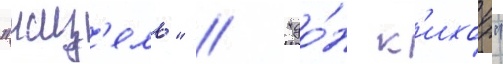
"жиз'ель" / "до́н к'ихот"